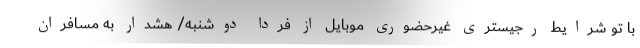
با تو شرایط رجیستری غیرحضوری موبایل از فردا دوشنبه/ هشدار به مسافران